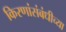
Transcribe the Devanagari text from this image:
किरणांसंबंधीच्या